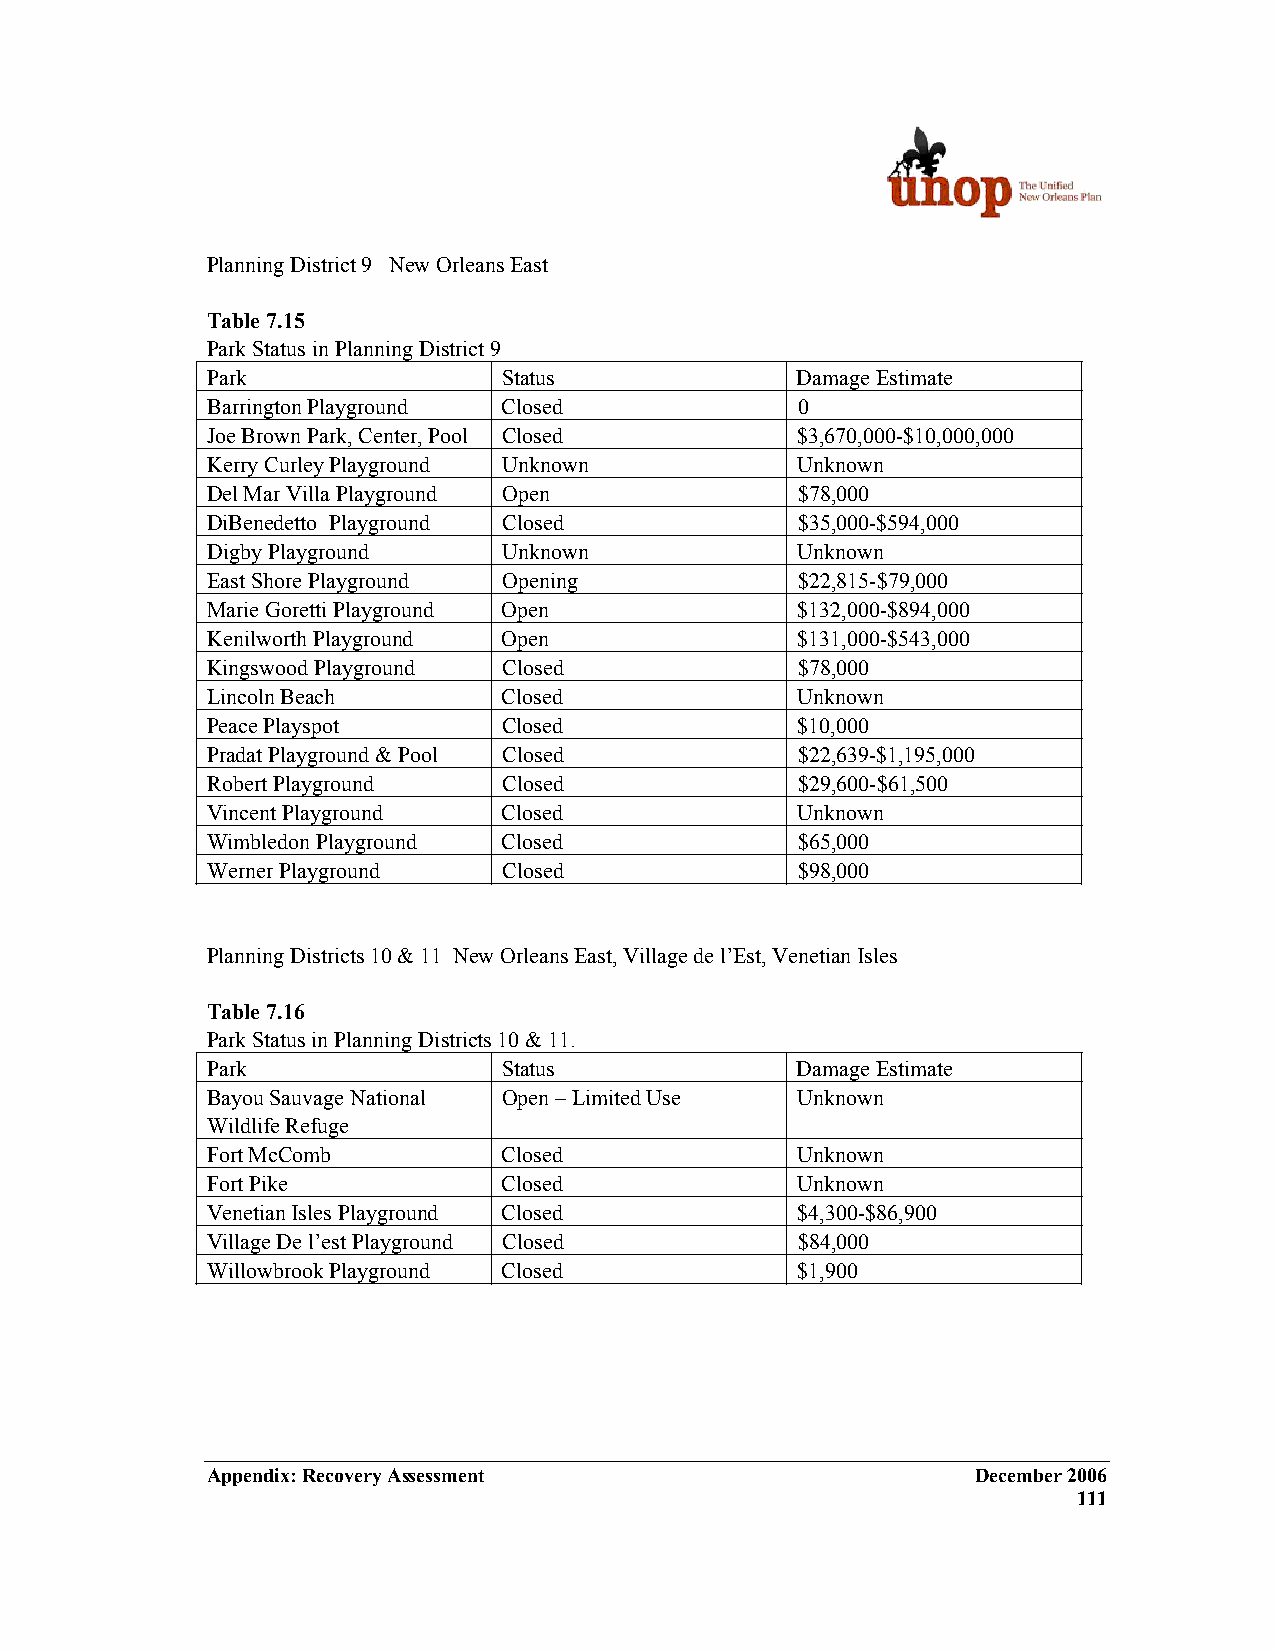
Planning District 9 New Orleans East
 Table 7.15
 Park Status in Planning District 9
 Park               Status              Damage Estimate
 Barrington Playground Closed           0
 Joe Brown Park, Center, Pool Closed    $3,670,000-$10,000,000
 Kerry Curley Playground Unknown        Unknown
 Del Mar Villa Playground Open          $78,000
 DiBenedetto Playground Closed          $35,000-$594,000
 Digby Playground   Unknown             Unknown
 East Shore Playground Opening          $22,815-$79,000
 Marie Goretti Playground Open          $132,000-$894,000
 Kenilworth Playground Open             $131,000-$543,000
 Kingswood Playground Closed            $78,000
 Lincoln Beach      Closed              Unknown
 Peace Playspot     Closed              $10,000
 Pradat Playground & Pool Closed        $22,639-$1,195,000
 Robert Playground  Closed              $29,600-$61,500
 Vincent Playground Closed              Unknown
 Wimbledon Playground Closed            $65,000
 Werner Playground  Closed              $98,000
 Planning Districts 10 & 11 New Orleans East, Village de l’Est, Venetian Isles
 Table 7.16
 Park Status in Planning Districts 10 & 11.
 Park               Status              Damage Estimate
 Bayou Sauvage National Open – Limited Use Unknown
 Wildlife Refuge
 Fort McComb        Closed              Unknown
 Fort Pike          Closed              Unknown
 Venetian Isles Playground Closed       $4,300-$86,900
 Village De l’est Playground Closed     $84,000
 Willowbrook Playground Closed          $1,900
 Appendix: Recovery Assessment                      December 2006
 111